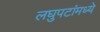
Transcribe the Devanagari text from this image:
लघुपटांमध्ये